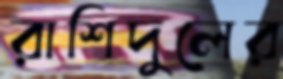
রাশিদুলের